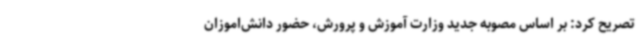
تصریح کرد: بر اساس مصوبه جدید وزارت آموزش و پرورش، حضور دانش‌اموزان